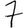
Digit: 7